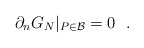
\begin{align*}\partial_n G_N|_{P\in {\cal B}}=0~~.\end{align*}